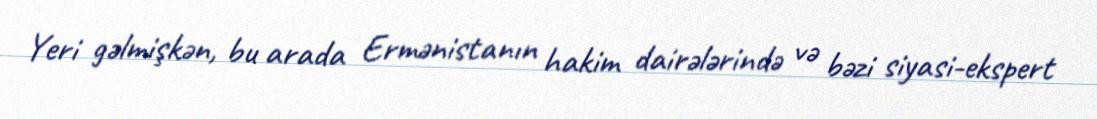
Yeri gəlmişkən, bu arada Ermənistanın hakim dairələrində və bəzi siyasi-ekspert